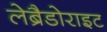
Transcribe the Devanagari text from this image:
लेब्रैडोराइट